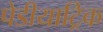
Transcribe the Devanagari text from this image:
पेडीयाट्रिक